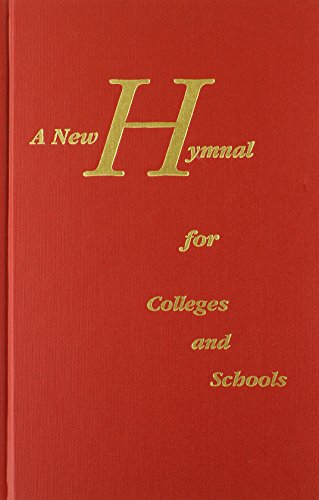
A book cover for A New Hymnal for Colleges and Schools; Christian Books & Bibles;